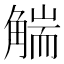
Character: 𧤗